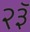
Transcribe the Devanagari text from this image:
२३ॅ